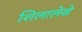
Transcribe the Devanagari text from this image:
शिलालेखे